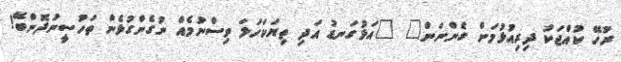
ރުހޭ ކުއްޖަކު ދިރިއުޅުމަށް ގެންނަން" "އަޅުގަނޑު އަދި ތިޔަކަހަލަ ވިސްނުމެއް ނުގެންގުޅެން ތަހުސީނުދޮންބޭ!